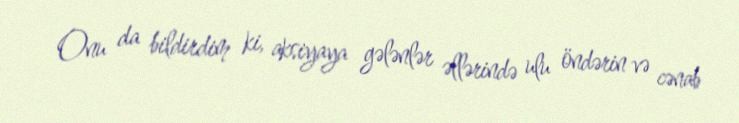
Onu da bildirdim ki, aksiyaya gələnlər əllərində ulu öndərin və cənab